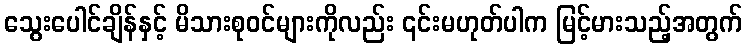
သွေးပေါင်ချိန်နှင့် မိသားစုဝင်များကိုလည်း ၎င်းမဟုတ်ပါက မြင့်မားသည့်အတွက်